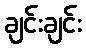
ချင်းချင်း